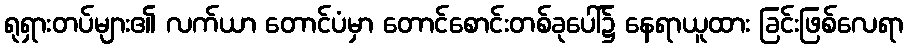
ရုရှားတပ်များ၏ လက်ယာ တောင်ပံမှာ တောင်စောင်းတစ်ခုပေါ်၌ နေရာယူထား ခြင်းဖြစ်လေရာ